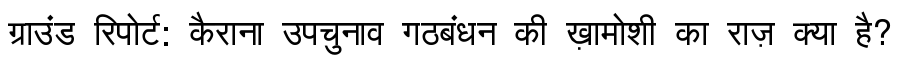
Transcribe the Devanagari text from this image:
ग्राउंड रिपोर्ट: कैराना उपचुनाव गठबंधन की ख़ामोशी का राज़ क्या है?